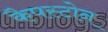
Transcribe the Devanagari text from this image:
कैपस्टोन